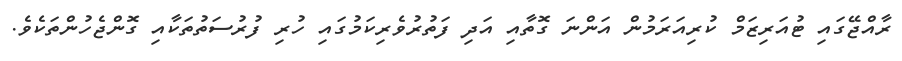
ރާއްޖޭގައި ޓުއަރިޒަމް ކުރިއަރަމުން އަންނަ ގޮތާއި އަދި ފަތުރުވެރިކަމުގައި ހުރި ފުރުސަތުތަކާއި ގޮންޖެހުންތަކެވެ.